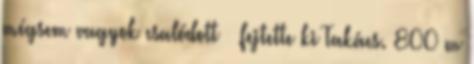
mégsem vagyok csalódott – fejtette ki Takács. 800 m